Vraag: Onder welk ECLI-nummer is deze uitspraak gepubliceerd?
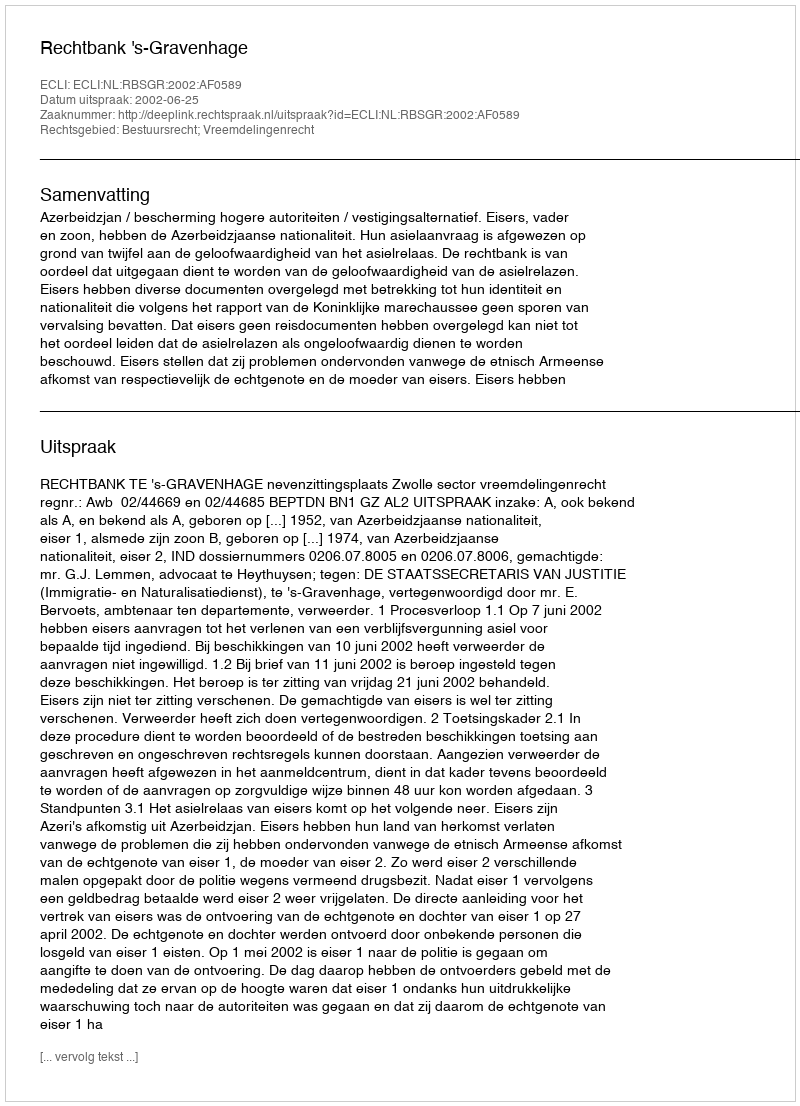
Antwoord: ECLI:NL:RBSGR:2002:AF0589